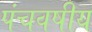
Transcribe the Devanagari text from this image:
पंचवषीय